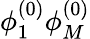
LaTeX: \phi_{1}^{(0)}\phi_{M}^{(0)}